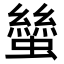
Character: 𧑿